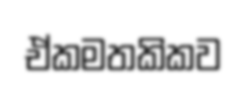
ඒකමතකිකව